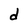
Character: d